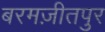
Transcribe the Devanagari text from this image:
बरमज़ीतपुर